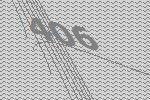
406